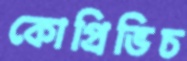
কোপ্রিভিচ